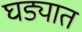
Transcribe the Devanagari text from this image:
घड्यात